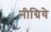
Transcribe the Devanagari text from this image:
नीग्रिये